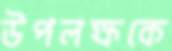
উপলক্ষকে